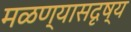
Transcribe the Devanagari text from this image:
मळण्यासदृष्य